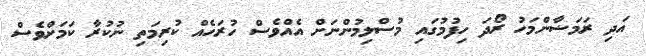
އަދި ރަމަޟާންމަހު ރޯދަ ހިފުމުގައި މުސްލިމުންނަށް އެއްވެސް ހުރަހެއް ކުރިމަތި ނުކުރާ ކަމަށްވެސް